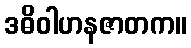
ဒဓိဝါဟနဇာတက။